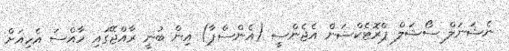
ނެޝަނަލް ސޯޝަލް ޕްރޮޓެކްޝަން އެޖެންސީ (އެންސްޕާ) އިން ބުނީ ރާއްޖޭގައި ހާާއްސަ އެހިއަށް